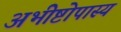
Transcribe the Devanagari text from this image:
अभीष्टोपास्य